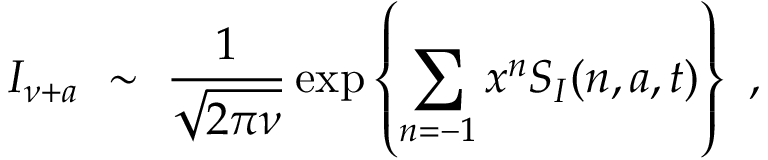
I _ { \nu + a } \ \sim \ \frac { 1 } { \sqrt { 2 \pi \nu } } \exp \left\{ \sum _ { n = - 1 } x ^ { n } S _ { I } ( n , a , t ) \right\} \ ,